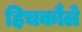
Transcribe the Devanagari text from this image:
हिचकौले